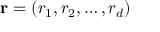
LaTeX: \mathbf { r } = \left( r _ { 1 } , r _ { 2 } , \ldots , r _ { d } \right)